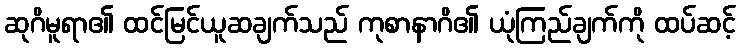
ဆုဂိမူရာ၏ ထင်မြင်ယူဆချက်သည် ကုစာနာဂိ၏ ယုံကြည်ချက်ကို ထပ်ဆင့်